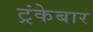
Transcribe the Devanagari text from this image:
ट्रंकेबार